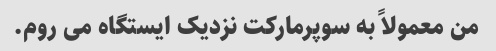
من معمولاً به سوپرمارکت نزدیک ایستگاه می روم.